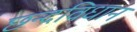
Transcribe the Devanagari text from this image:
छन्दविधान